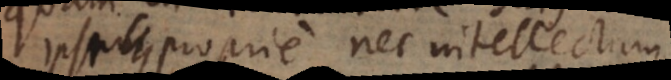
ipsum proprie nec intellectum